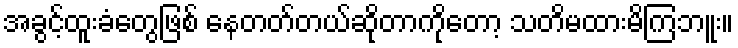
အခွင့်ထူးခံတွေဖြစ် နေတတ်တယ်ဆိုတာကိုတော့ သတိမထားမိကြဘူး။